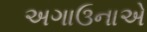
અગાઉનાએ